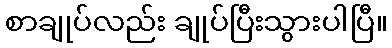
စာချုပ်လည်း ချုပ်ပြီးသွားပါပြီ။